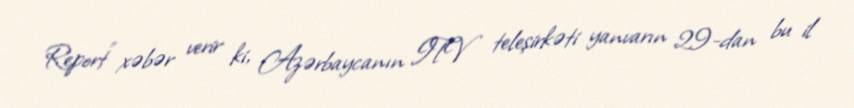
Report" xəbər verir ki, Azərbaycanın ITV teleşirkəti yanvarın 29-dan bu il